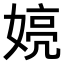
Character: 𫱍